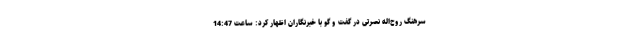
سرهنگ روح‌اله نصرتی در گفت و گو با خبرنگاران اظهار کرد: ساعت 14:47